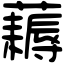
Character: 𧂭